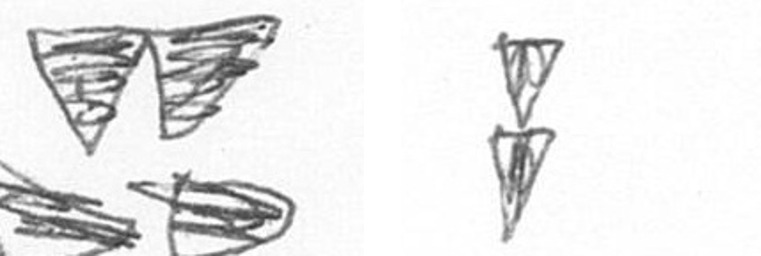
B Z